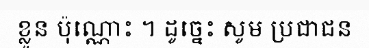
ខ្លួន ប៉ុណ្ណោះ ។ ដូច្នេះ សូម ប្រជាជន